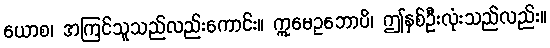
ယောစ၊ အကြင်သူသည်လည်းကောင်း။ ဣမေဥဘောပိ၊ ဤနှစ်ဦးလုံးသည်လည်း။